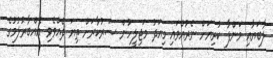
ލާބަޔާއި މަންފާ ކުރިޔަށް ނެރުއްވައި މިއަދު މަޖިލީހުން ސަރުކާރަށް ތިޔަ ދެއްވެވި އެއްބާރުލުމުގެ